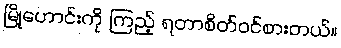
မြို့ဟောင်းကို ကြည့် ရတာစိတ်ဝင်စားတယ်။